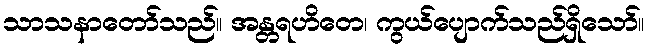
သာသနာတော်သည်။ အန္တရဟိတေ၊ ကွယ်ပျောက်သည်ရှိသော်။